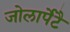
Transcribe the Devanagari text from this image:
जोलार्पेटै